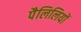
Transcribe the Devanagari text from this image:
पैलिलियों